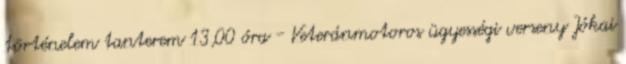
történelem tanterem 13,00 óra - Veteránmotoros ügyességi verseny Jókai